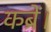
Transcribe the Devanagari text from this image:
कब्रें।